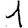
Digit: 1